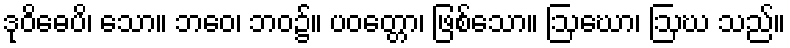
ဒုဝိဓေပိ၊ သော။ ဘဝေ၊ ဘဝ၌။ ပဝတ္တော၊ ဖြစ်သော။ ဩဃော၊ ဩဃ သည်။